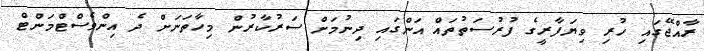
ރާއްޖޭގައި ހުރި ވިޔަފާރީގެ ފުރުސަތުތައް އަންގައި ދިނުމަށް ސަރުކާރުން މިހާތަނަށް ދެ އިންވެސްޓްމަންޓް